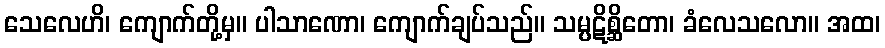
သေလေဟိ၊ ကျောက်တို့မှ။ ပါသာဏော၊ ကျောက်ချပ်သည်။ သမ္ပဋိစ္ဆိတော၊ ခံလေသလော။ အထ၊